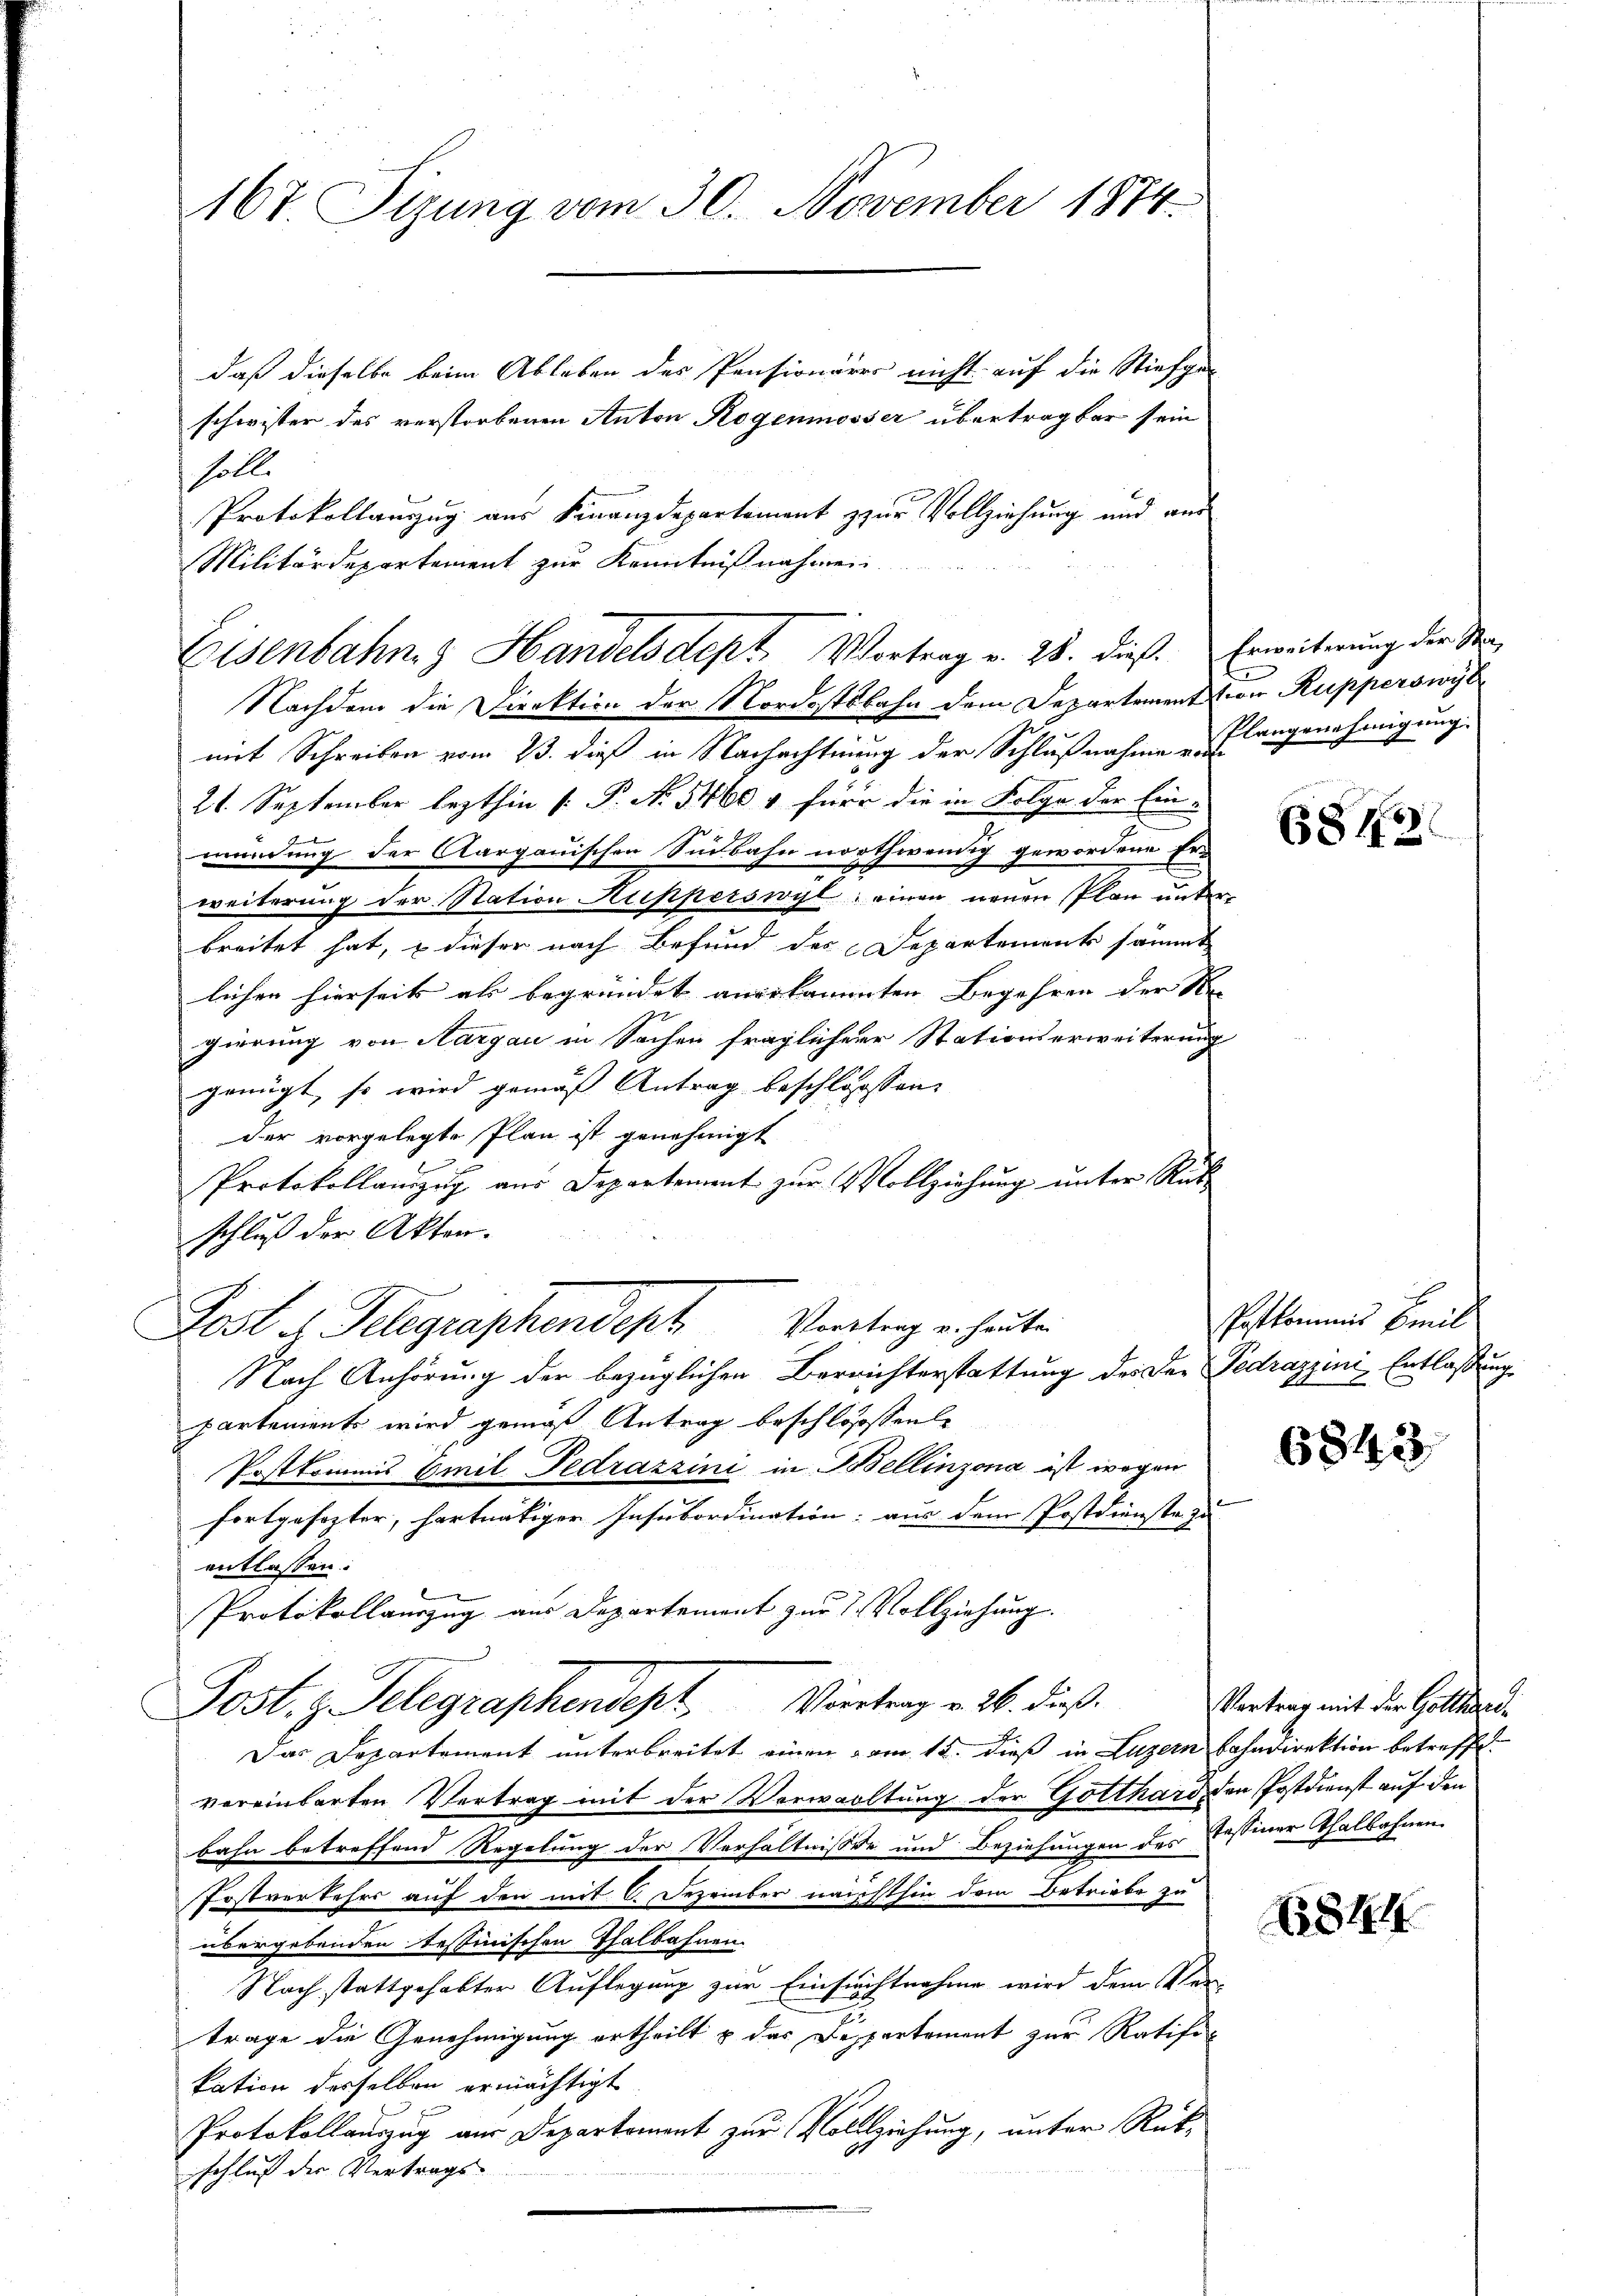
167 Sizung vom 30. November 1874.

daß dieselbe beim Ableben des Pensionäres nicht auf die Stiefgeschwister des verstorbenen Anton Rogenmosser übertragbar sein
solle
Protokollauszug aus Finanzdepartement zur Vollziehung und aus
Militärdepartement zur Kenntnißnahmen.

Nachdem die Direktion der Nordostbahn dem Departement wir Rupperswyl
mit Schreiben vom 23. dieß in Nachachtung der Schlußnahme vor
21. September lezthin [P. N. 5460 & für die in Folge der Ein-
mündung der Aargauischen Südbahn nothwendig gewordene Er-
weiterung der Station Kupperswyl, einen neuen Plan unter
breitet hat, u dieser nach Befund des Departement sämmt
lichen hierseits als begründet angekommten Begehren der Rec
gierung von Aargau in Sachen fraglicherr Stationserweiterung
genügt, so wird gemäß Antrag beschlossen:
der vorgelegte Plan ist genehmigt
Protokollamzug aus Departement zur Vollziehung unter Rükschluß der Akten.
Post es Telegraphendert Vertrag er heuten
Nach Anhörung der bezüglichen Bereichterstattung des der Pedrazzini, Entlassung
partements wird gemäß Antrag beschlossene
Postkommis Emil Fedrazzini in Bellinzona ist wegen
fortgesezter, hartnätiger Insubordination: aus dem Postdienste zu
entlassen.
Protokollauszug aus Departement zur 2 Vollziehung.
Post. z. Telegraphendet, Viertrag v. 3. dieß.
Das Departement unterbreitet einen vom 12. dieß in Luzern bahndirektion betreffe.
vereinbarten Vertrag mit der Verwaltung der Gotthard, den Postdienst auf den
bahn betreffend Regelung der Verhältnisse und Beziehungen des Tessiner Thalbahnen.
Postverkehrs auf den mit 6. Dezember nachthin dem Betriebe zu
übergebenden Testinischen Thalbahnen.
Nach stattgehabter Auflegung zur Einsuchtnahme wird dem Ver-
u
trage die Genehmigung ertheilt & der Despartement zur Ratifikation derselben ermächtigt
Protokollauszug aus Departement zur Vollziehung, unter Rückschluß der Vertrags

Eisenbahng Handelsdept. Vortrag v. 28. dieß.

Erweiterung der Sta¬
Plangenehmigung

1

6813

Patkommnis Breil

6843

Vertrag mit der Gotthard¬

1844